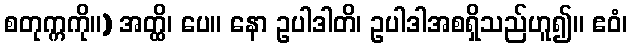
စတုက္ကကို။) အတ္ထိ၊ ပေ။ နော ဥပါဒါတိ၊ ဥပါဒါအစရှိသည်ဟူ၍။ ဧဝံ၊